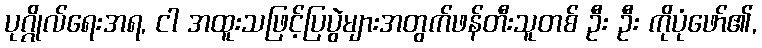
ပုဂ္ဂိုလ်ရေးအရ, ငါ အထူးသဖြင့်ပြပွဲများအတွက်ဖန်တီးသူတစ် ဦး ဦး ကိုပုံဖော်၏,